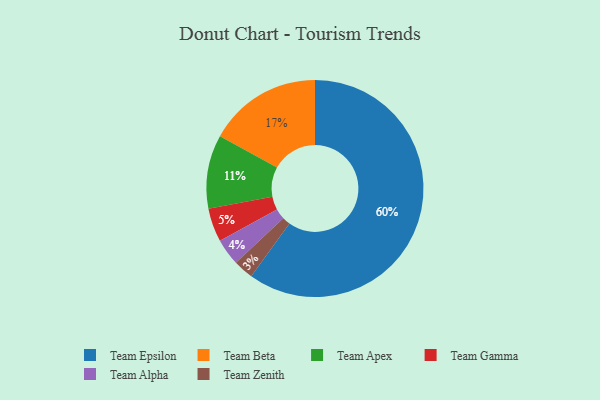
{"axis": {"x": "Category", "y": "Percentage"}, "legend": ["Team Alpha", "Team Apex", "Team Beta", "Team Epsilon", "Team Gamma", "Team Zenith"], "data": [{"x": "Team Zenith", "y": 3, "type": "Team Zenith"}, {"x": "Team Gamma", "y": 5, "type": "Team Gamma"}, {"x": "Team Beta", "y": 17, "type": "Team Beta"}, {"x": "Team Alpha", "y": 4, "type": "Team Alpha"}, {"x": "Team Apex", "y": 11, "type": "Team Apex"}, {"x": "Team Epsilon", "y": 60, "type": "Team Epsilon"}]}